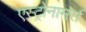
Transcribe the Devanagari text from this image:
एस्ट्रोनामर्स